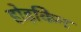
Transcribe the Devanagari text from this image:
होड़किन